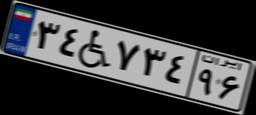
۳۴W۷۳۴۹۶